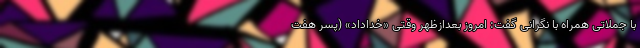
با جملاتی همراه با نگرانی گفت: امروز بعدازظهر وقتی «خداداد» (پسر هفت